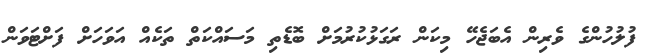
ފުލުހުންގެ ވެރިން އެބަޖެހޭ މިކަން ރަގަޅުކުރުމަށް ބޮޑެތި މަސައްކަތް ތަކެއް އަވަހަށް ފަށްޓަވަން